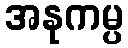
အနုကမ္ပ